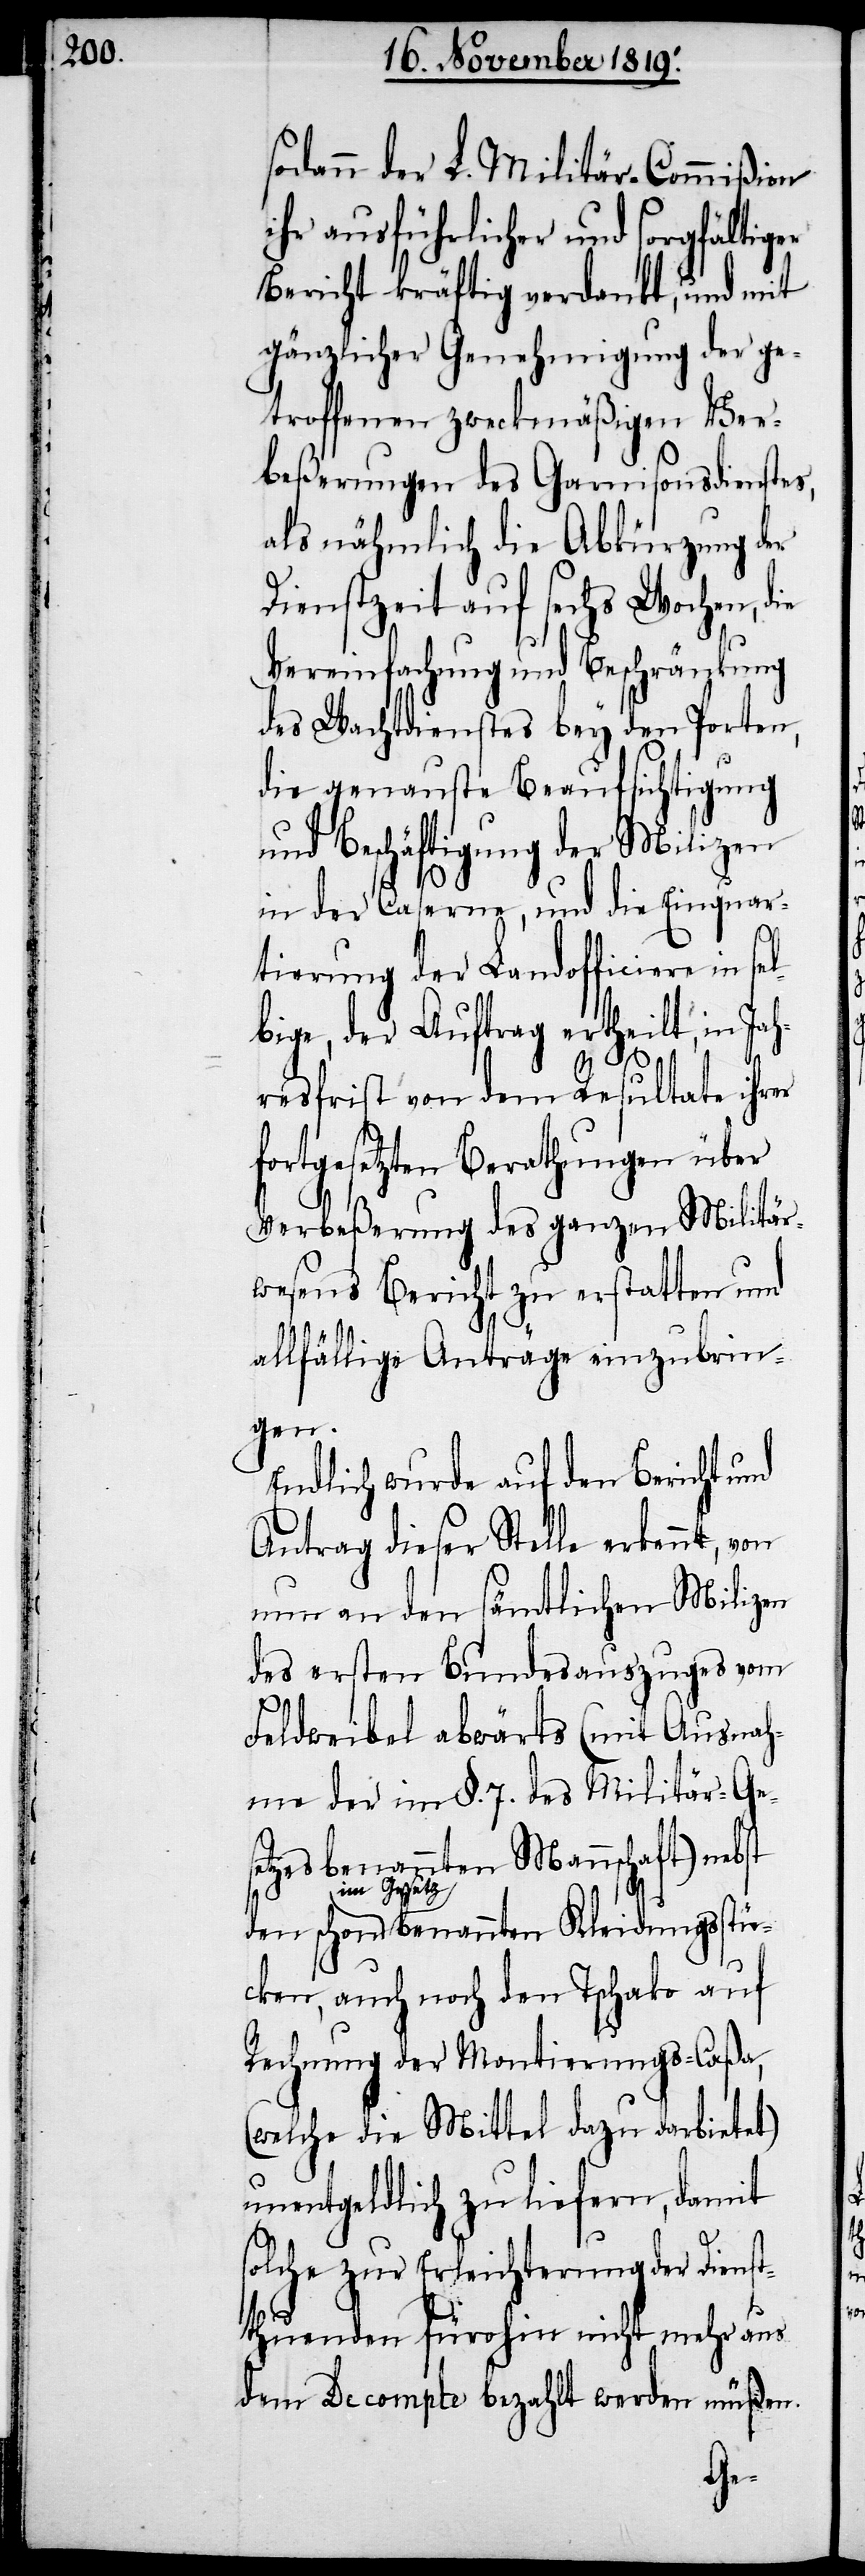
sodann der L. Militär-Commißion
ihr ausführlicher und sorgfältiger
Bericht kräftig verdankt, und mit
gänzlicher Genehmigung der ge¬
troffenen zweckmäßigen Ver¬
beßerungen des Garnisonsdienstes,
als nähmlich die Abkürzung der
Dienstzeit auf sechs Wochen,
Vereinfachung und Beschränkung
des Wachtdienstes bey den Porten,
die genauste Beaufsichtigung
und Beschäftigung der Milizen
in der Caserne, und die Einquar¬
tierung der Landofficiere in
bige, der Auftrag ertheilt, in Jah¬
resfrist von dem Resultate ihrer
fortgesetzten Berathungen über
Verbeßerung des ganzen Militär¬
wesens Bericht zu erstatten und
allfällige Anträge einzubrin¬
gen.
Endlich wurde auf den Bericht und
Antrag dieser Stelle erkennt, von
nun an den sämtlichen Milizen
des ersten Bundesauszuges vom
Feldweibel abwärts (mit Ausnah¬
me der im §. 7. des Militär-Gese¬
tzes benannten Mannschaft) nebst
den
im
Gesetz benannten Kleidungsstü¬
cken, auch noch den Tschako auf
Rechnung der Montierungs-Caßa,
(welche die Mittel dazu darbietet)
unentgeldlich zu liefern, damit
solche zur Erleichterung der Dienst¬
thuenden fürohin nicht mehr aus
dem Decompte bezahlt werden müßen.